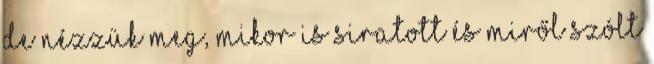
De nézzük meg, mikor is siratott és miről szólt